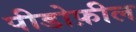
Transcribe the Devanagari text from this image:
पीडोफ़ील